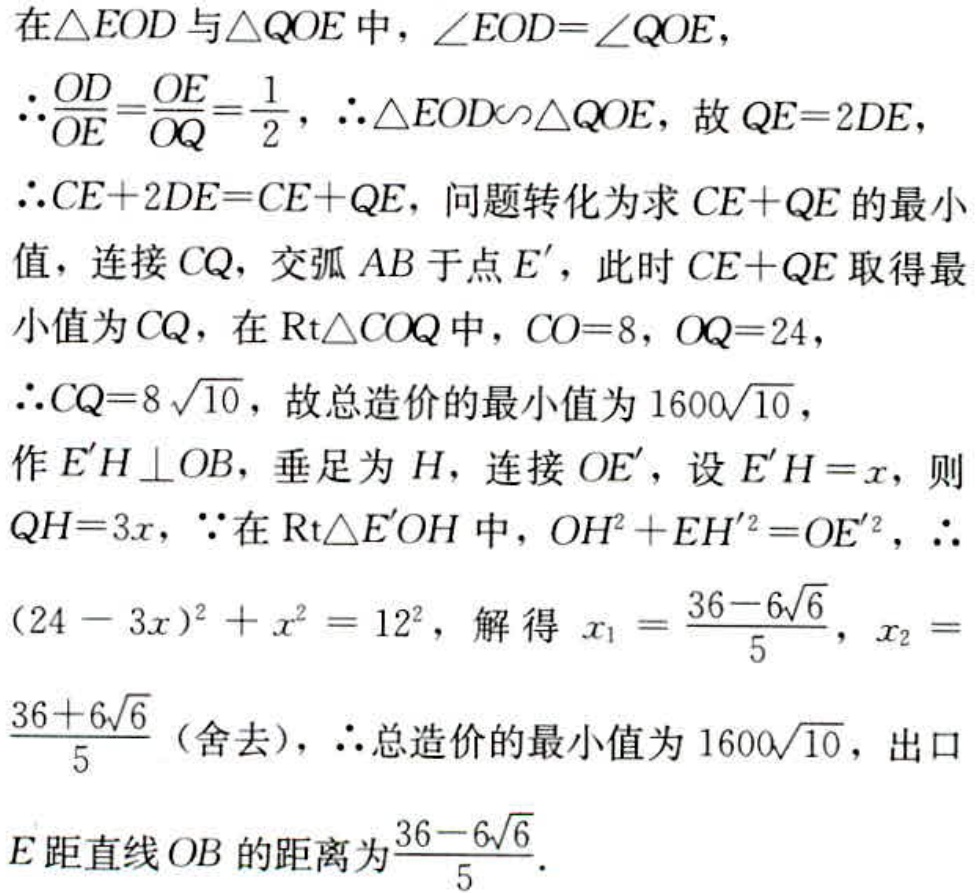
在$\triangle EOD$与$\triangle QOE$中，$\angle EOD = \angle QOE$，
$\therefore\frac{OD}{OE}=\frac{OE}{OQ}=\frac{1}{2}$，$\therefore\triangle EOD\sim\triangle QOE$，故$QE = 2DE$，
$\therefore CE + 2DE = CE + QE$，问题转化为求$CE + QE$的最小值，连接$CQ$，交弧$AB$于点$E'$，此时$CE + QE$取得最小值为$CQ$，在$\mathrm{Rt}\triangle COQ$中，$CO = 8$，$OQ = 24$，
$\therefore CQ = 8\sqrt{10}$，故总造价的最小值为$1600\sqrt{10}$，
作$E'H\perp OB$，垂足为$H$，连接$OE'$，设$E'H = x$，则$QH = 3x$，$\because$在$\mathrm{Rt}\triangle E'OH$中，$OH^{2}+EH'^{2}=OE'^{2}$，$\therefore$
$(24 - 3x)^{2}+x^{2}=12^{2}$，解得$x_{1}=\frac{36 - 6\sqrt{6}}{5}$，$x_{2} = \frac{36 + 6\sqrt{6}}{5}$（舍去），$\therefore$总造价的最小值为$1600\sqrt{10}$，出口$E$距直线$OB$的距离为$\frac{36 - 6\sqrt{6}}{5}$．